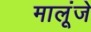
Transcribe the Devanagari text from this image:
मालूंजे